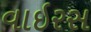
વાઇરસ